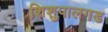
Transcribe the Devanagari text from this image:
शिशुपालगड